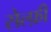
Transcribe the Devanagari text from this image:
सेल्फ़ी